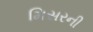
મિસરની